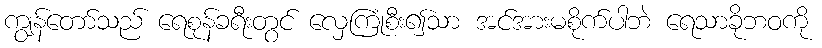
ကျွန်တော်သည် ရေစုန်ခရီးတွင် လှေကြုံစီး၍သာ အင်အားမစိုက်ပါဘဲ ရေသာခိုဘဝကို